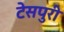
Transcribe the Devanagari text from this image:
टेसपुरी